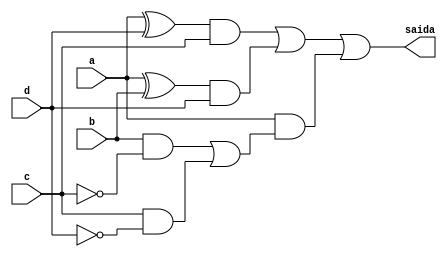
// Nome: Thaise Souto Martins
// Matrcula: 395504

module metodoprovai ( saida,a,b,c,d );

output saida;
input a,b,c,d;
wire temp1,temp2,temp3,temp4,temp5,temp6,temp7,temp8,temp9,temp10;


xor XOR1 (temp1,a,d);
and AND1 (temp2,temp1,c);
xor XOR2 (temp3,a,b);
and AND2 (temp4,temp3,d);
not NOT1 (temp5,c);
and AND3 (temp6,b,temp5);
not NOT2 (temp7,d);
and AND4 (temp8,c,temp7);
or OR1   (temp9,temp6,temp8);
and AND5 (temp10,a,temp9);
or OR2   (saida,temp2,temp4,temp10);

endmodule
 
module testprova1;
reg a,b,c,d;
wire saida;

metodoprovai PROVAI ( saida,a,b,c,d );

initial begin:start
        a=0; b=0; c=0; d=0;
end

initial begin: main
#1 $display (" Circuito da questao i da prova ");
#1 $display (" a |  b |  c |  d  =  saida ");
  $monitor (" %b  | %b  | %b |  %b  =   %b ",a,b,c,d,saida);
           #1 a=0;    b=0;   c=0;   d=1;
			  #1 a=0;    b=0;   c=1;   d=0;
			  #1 a=0;    b=0;   c=1;   d=1;
			  #1 a=0;    b=1;   c=0;   d=0;
			  #1 a=0;    b=1;   c=0;   d=1;
			  #1 a=0;    b=1;   c=1;   d=0;
			  #1 a=0;    b=1;   c=1;   d=1;
			  #1 a=1;    b=0;   c=0;   d=0;
			  #1 a=1;    b=0;   c=0;   d=1;
			  #1 a=1;    b=0;   c=1;   d=0;
			  #1 a=1;    b=0;   c=1;   d=1;
			  #1 a=1;    b=1;   c=0;   d=0;
			  #1 a=1;    b=1;   c=0;   d=1;
			  #1 a=1;    b=1;   c=1;   d=0;
			  #1 a=1;    b=1;   c=1;   d=1;
			  
			  
			  
end
endmodule

/* registrando os resultados
    Circuito da questao i da prova 
     a |  b |  c |  d  =  saida 
     0  | 0  | 0 |  0  =   0 
     0  | 0  | 0 |  1  =   0 
     0  | 0  | 1 |  0  =   0 
     0  | 0  | 1 |  1  =   1 
     0  | 1  | 0 |  0  =   0 
     0  | 1  | 0 |  1  =   1 
     0  | 1  | 1 |  0  =   0 
     0  | 1  | 1 |  1  =   1 
     1  | 0  | 0 |  0  =   0 
     1  | 0  | 0 |  1  =   1 
     1  | 0  | 1 |  0  =   1 
     1  | 0  | 1 |  1  =   1 
     1  | 1  | 0 |  0  =   1 
     1  | 1  | 0 |  1  =   1 
     1  | 1  | 1 |  0  =   1 
     1  | 1  | 1 |  1  =   0 
    
     ----jGRASP: operation complete.
          
                
 */